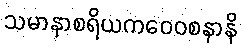
သမာနာစရိယကဝေဝစနာနိ